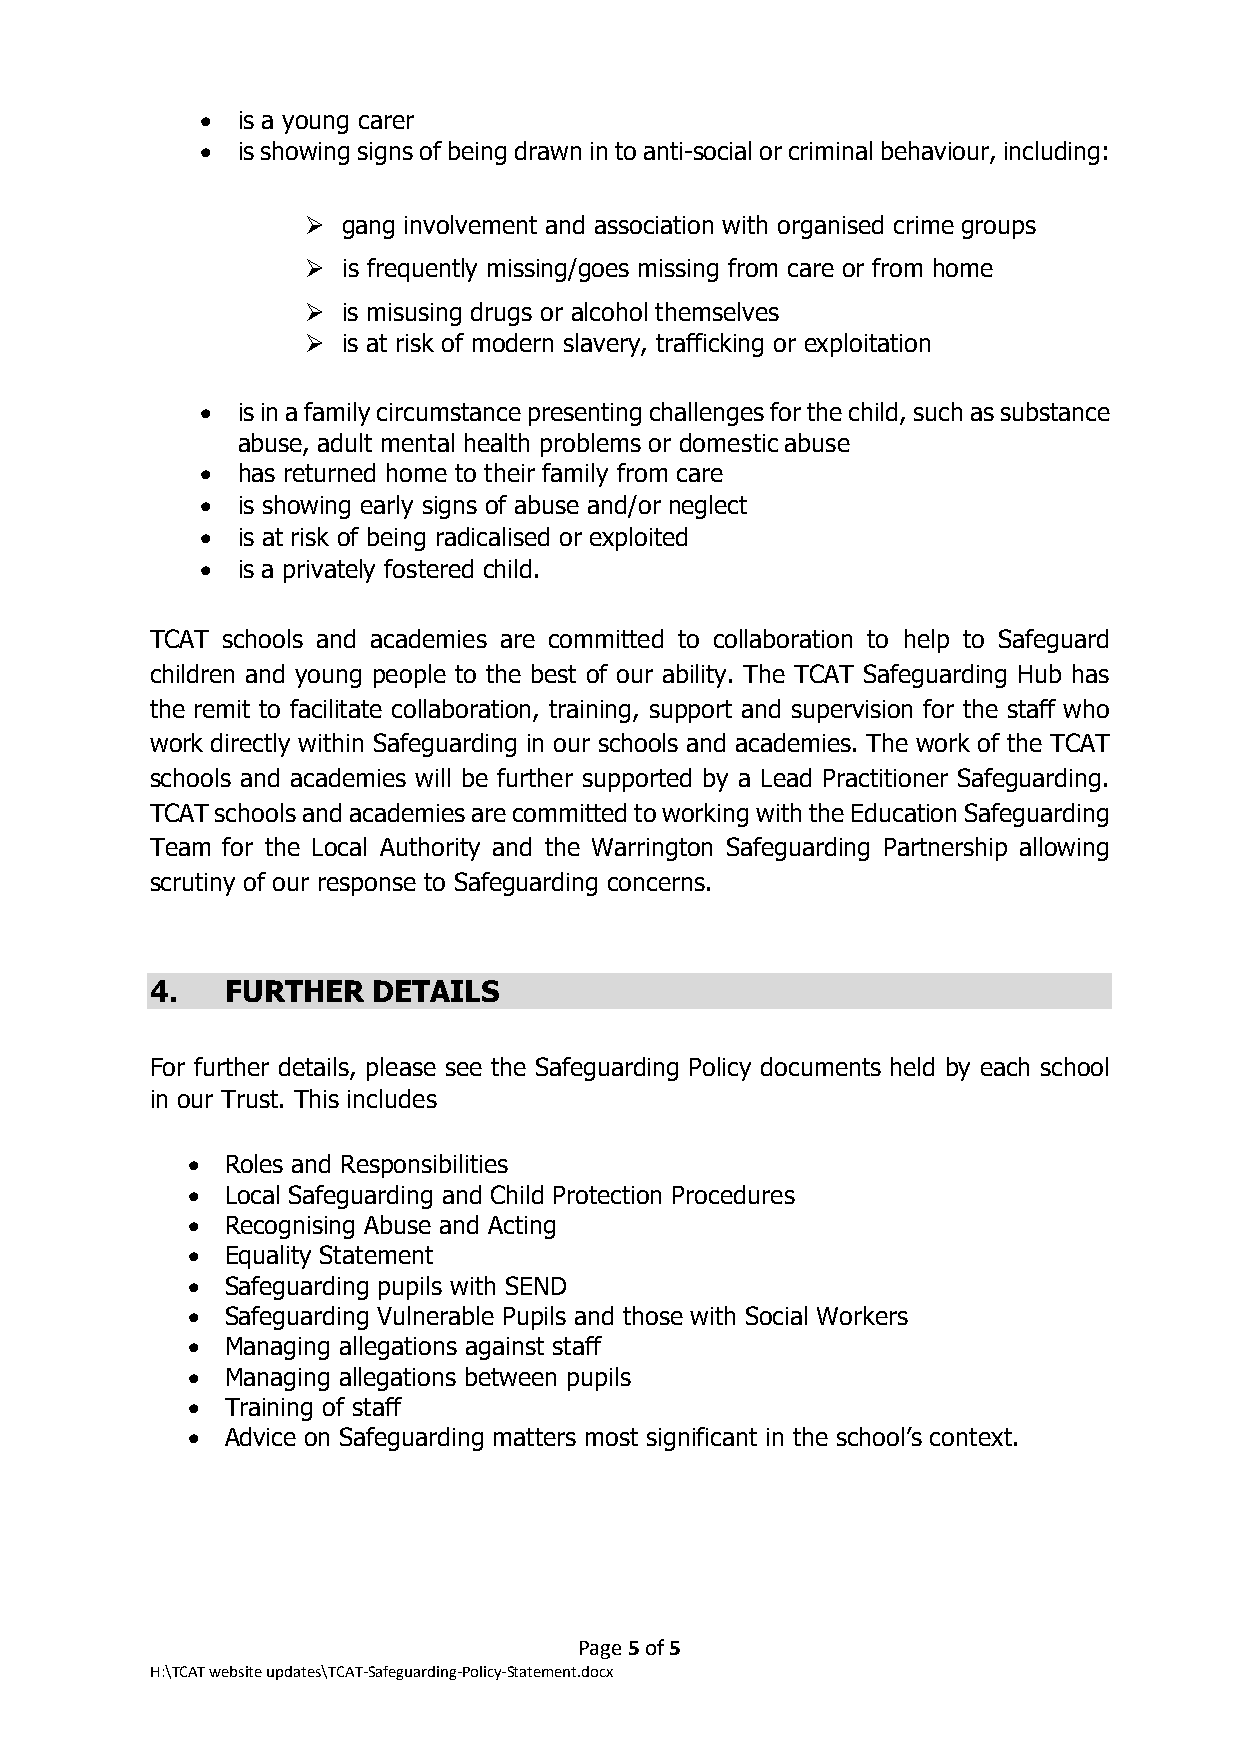
•  is a young carer
 •  is showing signs of being drawn in to anti-social or criminal behaviour, including:
   gang involvement and association with organised crime groups
   is frequently missing/goes missing from care or from home
   is misusing drugs or alcohol themselves
   is at risk of modern slavery, trafficking or exploitation
 •  is in a family circumstance presenting challenges for the child, such as substance
 abuse, adult mental health problems or domestic abuse
 •  has returned home to their family from care
 •  is showing early signs of abuse and/or neglect
 •  is at risk of being radicalised or exploited
 •  is a privately fostered child.
 TCAT schools and academies are committed to collaboration to help to Safeguard
 children and young people to the best of our ability. The TCAT Safeguarding Hub has
 the remit to facilitate collaboration, training, support and supervision for the staff who
 work directly within Safeguarding in our schools and academies. The work of the TCAT
 schools and academies will be further supported by a Lead Practitioner Safeguarding.
 TCAT schools and academies are committed to working with the Education Safeguarding
 Team for the Local Authority and the Warrington Safeguarding Partnership allowing
 scrutiny of our response to Safeguarding concerns.
 4.   FURTHER   DETAILS
 For further details, please see the Safeguarding Policy documents held by each school
 in our Trust. This includes
 •  Roles and Responsibilities
 •  Local Safeguarding and Child Protection Procedures
 •  Recognising Abuse and Acting
 •  Equality Statement
 •  Safeguarding pupils with SEND
 •  Safeguarding Vulnerable Pupils and those with Social Workers
 •  Managing allegations against staff
 •  Managing allegations between pupils
 •  Training of staff
 •  Advice on Safeguarding matters most significant in the school’s context.
 Page 5 of 5
 H:\TCAT website updates\TCAT-Safeguarding-Policy-Statement.docx